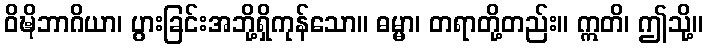
ဝိဍ္ဎိဘာဂိယာ၊ ပွားခြင်းအဘို့ရှိကုန်သော။ ဓမ္မာ၊ တရာတို့တည်း။ ဣတိ၊ ဤသို့။